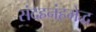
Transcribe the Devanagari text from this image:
संदहनंहमेद्ध